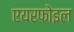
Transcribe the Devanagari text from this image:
एयरफोइल